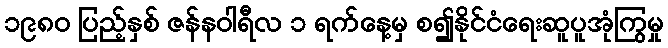
၁၉၈၀ ပြည့်နှစ် ဇန်နဝါရီလ ၁ ရက်နေ့မှ စ၍နိုင်ငံရေးဆူပူအုံကြွမှု